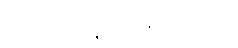
အောင်မြင်ကျော်ကြား